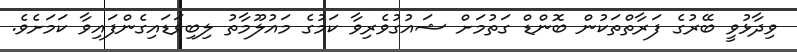
ވިދާޅުވީ ބޭރުގެ ފަރާތްތަކުން ބޮންޑް ގަތުމަށް ޝައުގުވެރިވާ ކަމުގެ މައުލޫމާތު ލިބިވަޑައިގެންފައިވާ ކަމަށެވެ.